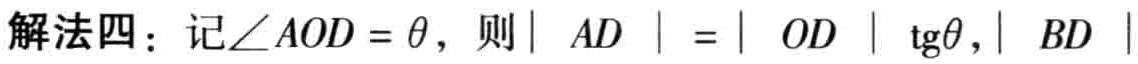
解法四：记\(\angle AOD = \theta\)，则\(\vert AD\vert=\vert OD\vert\mathrm{tg}\theta,\vert BD\vert\)